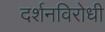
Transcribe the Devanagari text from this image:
दर्शनविरोधी